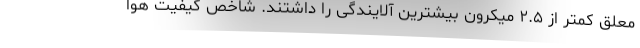
معلق کمتر از ۲.۵ میکرون بیشترین آلایندگی را داشتند. شاخص کیفیت هوا